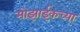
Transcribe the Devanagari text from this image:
मोझाईकच्या